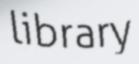
library